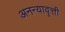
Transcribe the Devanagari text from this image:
अनन्यावृत्ती